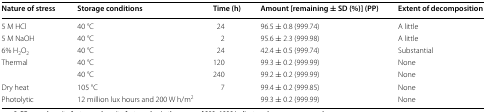
<table><thead><tr><td><b>Nature of stress</b></td><td><b>Storage conditions</b></td><td><b>Time (h)</b></td><td><b>Amount [remaining ± SD (%)] (PP)</b></td><td><b>Extent of decomposition</b></td></tr></thead><tbody><tr><td>5 M HCl</td><td>40 °C</td><td>24</td><td>96.5 ± 0.8 (999.74)</td><td>A little</td></tr><tr><td>5 M NaOH</td><td>40 °C</td><td>2</td><td>95.6 ± 2.3 (999.98)</td><td>A little</td></tr><tr><td>6% H<sub>2</sub>O<sub>2</sub></td><td>40 °C</td><td>24</td><td>42.4 ± 0.5 (999.74)</td><td>Substantial</td></tr><tr><td rowspan="2">Thermal</td><td>40 °C</td><td>120</td><td>99.3 ± 0.2 (999.99)</td><td>None</td></tr><tr><td>40 °C</td><td>240</td><td>99.2 ± 0.2 (999.99)</td><td>None</td></tr><tr><td>Dry heat</td><td>105 °C</td><td>7</td><td>99.4 ± 0.2 (999.85)</td><td>None</td></tr><tr><td>Photolytic</td><td colspan="2">12 million lux hours and 200 W h/m<sup>2</sup></td><td>99.3 ± 0.2 (999.99)</td><td>None</td></tr></tbody></table>